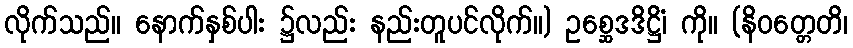
လိုက်သည်။ နောက်နှစ်ပါး ၌လည်း နည်းတူပင်လိုက်။) ဥစ္ဆေဒဒိဋ္ဌိံ၊ ကို။ (နိဝတ္တေတိ၊